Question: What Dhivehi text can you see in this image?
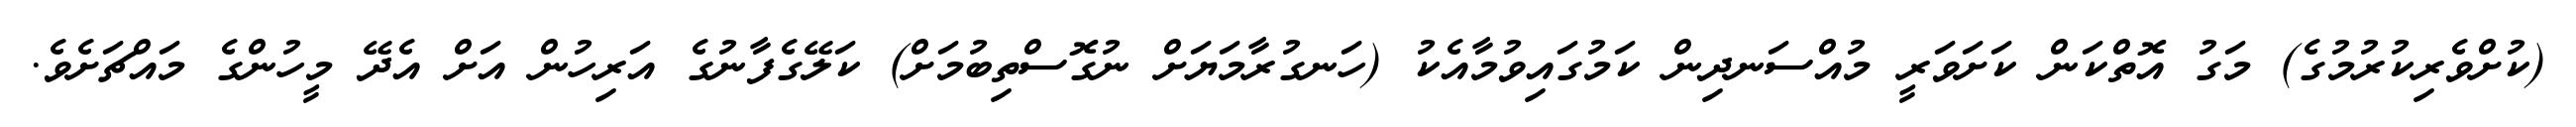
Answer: (ކުށްވެރިކުރުމުގެ) މަގު އޮތްކަން ކަށަވަރީ މުއްސަނދިން ކަމުގައިވުމާއެކު (ހަނގުރާމަޔަށް ނުގޮސްތިބުމަށް) ކަލޭގެފާނުގެ އަރިހުން އަށް އެދޭ މީހުންގެ މައްޗަށެވެ.